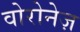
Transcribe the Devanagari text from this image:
वोरोनेज़